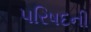
પરિષદની